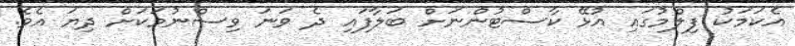
އެކަމަކު ފިލްމުގައި އުޅޭ ކާސްޓުންނަށް ބަލާފައި ދެ ވަނަ ވިސްނުމަކަށް ދިޔަ އެވެ.